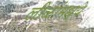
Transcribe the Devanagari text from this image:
लीळांमध्ये